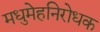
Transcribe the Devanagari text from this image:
मधुमेहनिरोधक